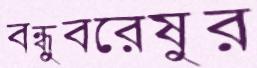
বন্ধুবরেষুর